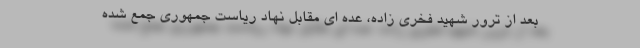
بعد از ترور شهید فخری زاده، عده ای مقابل نهاد ریاست جمهوری جمع شده